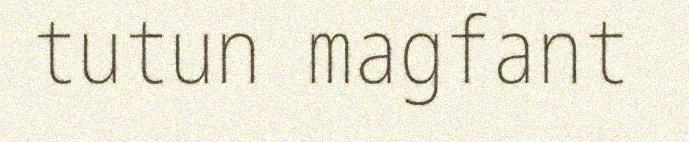
tutun magfant